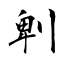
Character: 𠜱